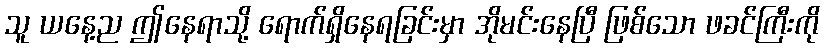
သူ ယနေ့ည ဤနေရာသို့ ရောက်ရှိနေရခြင်းမှာ အိုမင်းနေပြီ ဖြစ်သော ဖခင်ကြီးကို